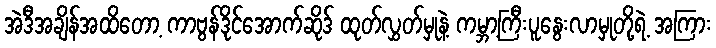
အဲဒီအချိန်အထိတော့ ကာဗွန်ဒိုင်အောက်ဆိုဒ် ထုတ်လွှတ်မှုနဲ့ ကမ္ဘာ့ကြီးပူနွေးလာမှုတို့ရဲ့ အကြား